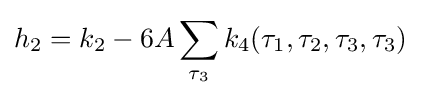
h_{2}=k_{2}-6A\sum _{\tau _{3}}k_{4}(\tau _{1},\tau _{2},\tau _{3},\tau _{3})